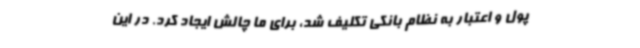
پول و اعتبار به نظام بانکی تکلیف شد، برای ما چالش ایجاد کرد. در این